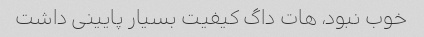
خوب نبود، هات داگ کیفیت بسیار پایینی داشت